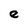
Character: e